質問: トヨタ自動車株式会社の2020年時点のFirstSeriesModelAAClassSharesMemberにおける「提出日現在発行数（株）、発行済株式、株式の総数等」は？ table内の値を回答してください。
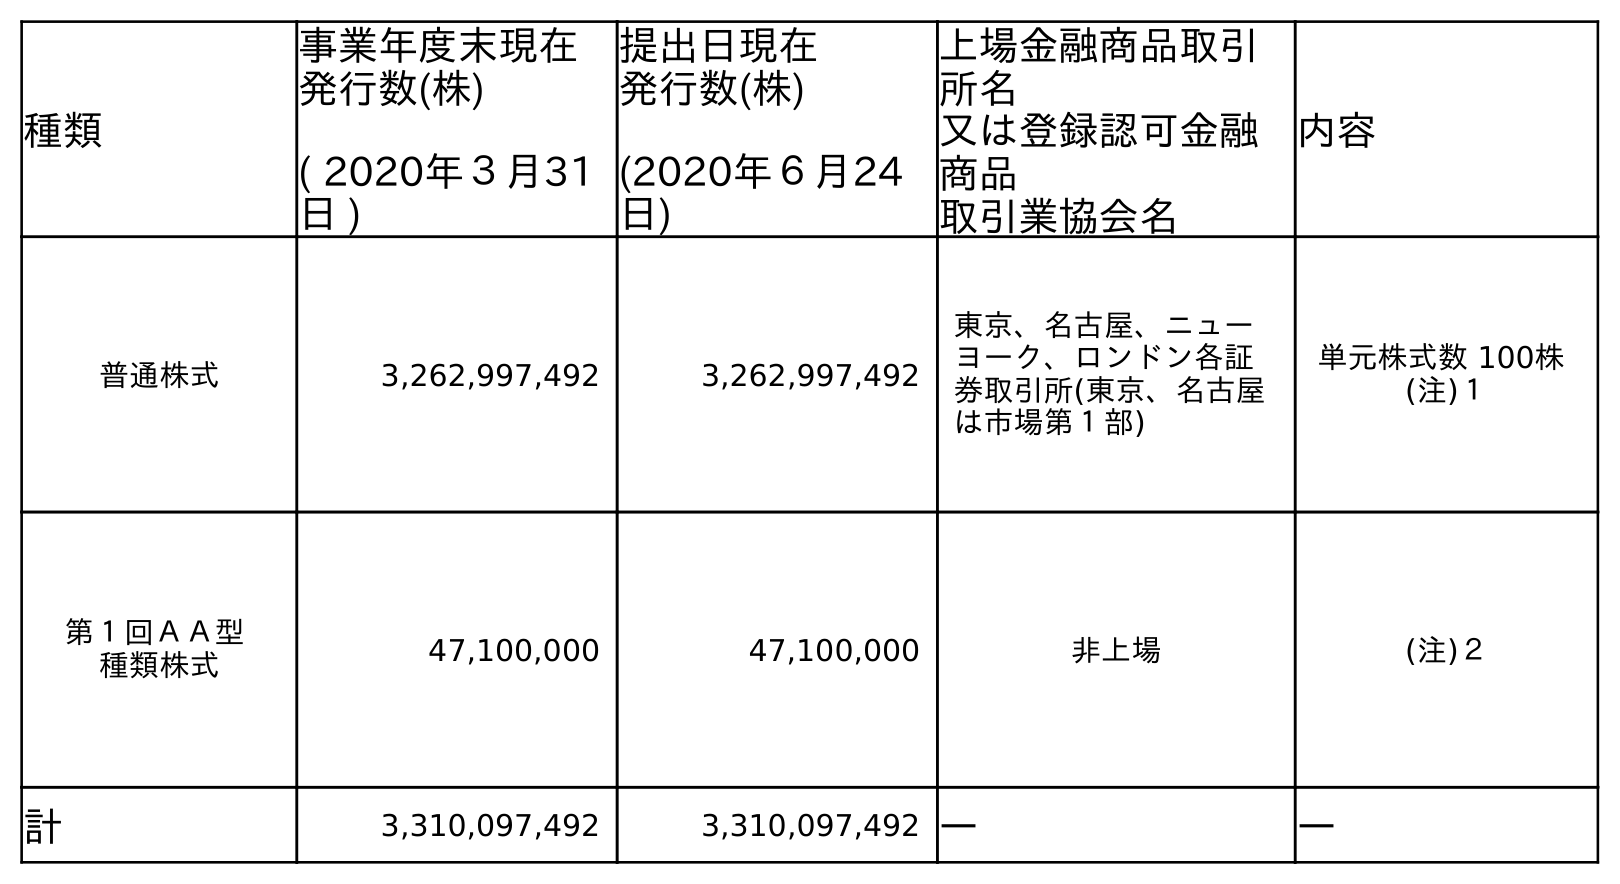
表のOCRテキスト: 種類 事業年度末現在 発行数(株) ( 2020年３月31 日 ) 提出日現在 発行数(株) (2020年６月24 日) 上場金融商品取引 所名 又は登録認可金融 商品 取引業協会名 内容 普通株式 3,262,997,492 3,262,997,492 東京、名古屋、ニュー ヨーク、ロンドン各証 券取引所(東京、名古屋 は市場第１部) 単元株式数 100株 (注)１ 第１回ＡＡ型 種類株式 47,100,000 47,100,000 非上場 (注)２ 計 3,310,097,492 3,310,097,492 ― ―
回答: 47,100,000